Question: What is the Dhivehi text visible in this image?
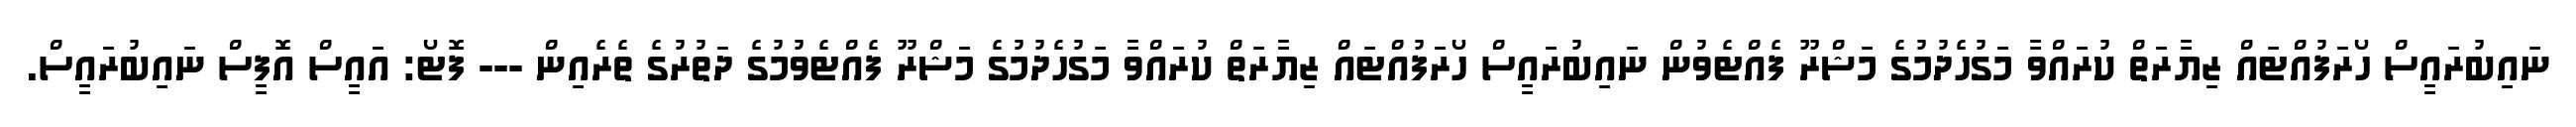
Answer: ނައިބުރައީސް ހޯރަފުއްޓައް ޒިޔާރަތް ކުރައްވާ މަގުހެދުމުގެ މަޝްރޫ ފެއްޓެވުން ނައިބުރައީސް ހޯރަފުއްޓައް ޒިޔާރަތް ކުރައްވާ މަގުހެދުމުގެ މަޝްރޫ ފެއްޓެވުމުގެ ދަތުރުގެ ތެރެއިން --- ފޮޓޯ: އައީސް އޮފީސް ނައިބުރައީސް.